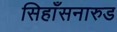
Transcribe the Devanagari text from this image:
सिहाँसनारुड